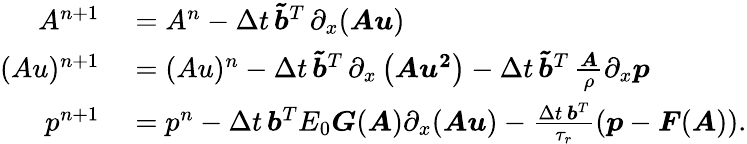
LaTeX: \begin{array}{rl}{A^{n+1}}&{{}=A^{n}-\Delta t\, \boldsymbol{\tilde{b}}^{T}\, \partial_{x}(\boldsymbol{Au})}\\ {(Au)^{n+1}}&{{}=(Au)^{n}-\Delta t\, \boldsymbol{\tilde{b}}^{T}\, \partial_{x}\left(\boldsymbol{Au^{2}}\right)-\Delta t\, \boldsymbol{\tilde{b}}^{T}\, \frac{\boldsymbol{A}}{\rho}\partial_{x}\boldsymbol{p}}\\ {p^{n+1}}&{{}=p^{n}-\Delta t\, \boldsymbol{b}^{T}E_{0}\boldsymbol{G}(\boldsymbol{A})\partial_{x}(\boldsymbol{Au})-\frac{\Delta t\, \boldsymbol{b}^{T}}{\tau_{r}}\left(\boldsymbol{p}-\boldsymbol{F}(\boldsymbol{A})\right).}\end{array}